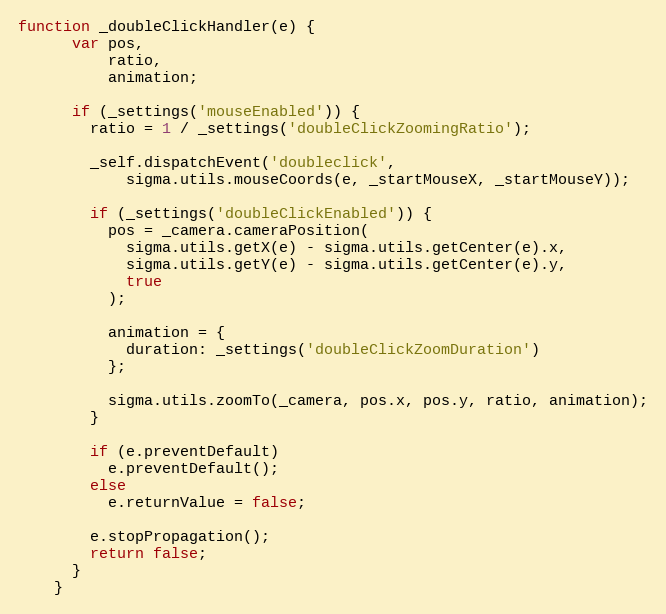
Language: JavaScript
function _doubleClickHandler(e) {
      var pos,
          ratio,
          animation;

      if (_settings('mouseEnabled')) {
        ratio = 1 / _settings('doubleClickZoomingRatio');

        _self.dispatchEvent('doubleclick',
            sigma.utils.mouseCoords(e, _startMouseX, _startMouseY));

        if (_settings('doubleClickEnabled')) {
          pos = _camera.cameraPosition(
            sigma.utils.getX(e) - sigma.utils.getCenter(e).x,
            sigma.utils.getY(e) - sigma.utils.getCenter(e).y,
            true
          );

          animation = {
            duration: _settings('doubleClickZoomDuration')
          };

          sigma.utils.zoomTo(_camera, pos.x, pos.y, ratio, animation);
        }

        if (e.preventDefault)
          e.preventDefault();
        else
          e.returnValue = false;

        e.stopPropagation();
        return false;
      }
    }